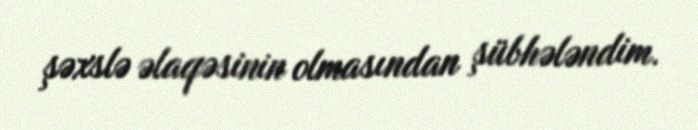
şəxslə əlaqəsinin olmasından şübhələndim.